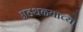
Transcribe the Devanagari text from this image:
अडथळ्याच्या